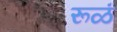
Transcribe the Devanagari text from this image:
रूळं